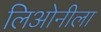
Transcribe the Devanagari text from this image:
लिओनीला